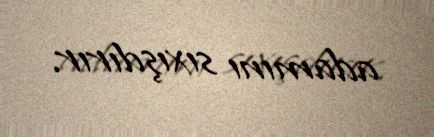
adamını sıxışdırır.